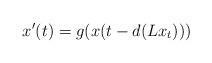
LaTeX: \begin{align*}x'(t)=g(x(t-d(Lx_t)))\end{align*}